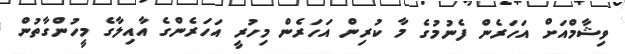
ވިޝާމްއަށް އަހަރެން ފެނުމުގެ މާ ކުރިން އަހަރެން މިހުރީ އަހަރެންގެ އާއިލާގެ މީހުންގާތުން